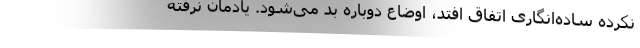
نکرده ساده‌انگاری اتفاق افتد، اوضاع دوباره بد می‌شود. یادمان نرفته